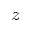
z